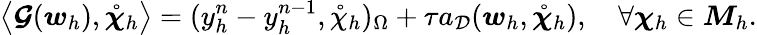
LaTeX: \big\langle\boldsymbol{\mathcal{G}}(\boldsymbol{w}_{h}),\mathring{\boldsymbol{\chi}}_{h}\big\rangle=(y_{h}^{n}-y_{h}^{n-1},\mathring{\chi}_{h})_{\Omega}+\tau a_{\mathcal{D}}(\boldsymbol{w}_{h},\mathring{\boldsymbol{\chi}}_{h}),\quad\forall\boldsymbol{\chi}_{h}\in\boldsymbol{M}_{h}.